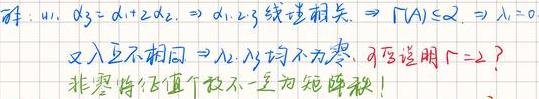
解：$\because \alpha _{3}=\alpha _{1}+2\alpha _{2}\Rightarrow \alpha _{1},\alpha _{2},\alpha _{3}$ 线性相关 $\Rightarrow r(A)\leq 2\Rightarrow \lambda _{3}=0$
又 $\lambda $ 互不相同 $\Rightarrow \lambda _{1},\lambda _{2}$ 均不为零. 可证明 $r = 2$ ？
非零特征值个数不一定为矩阵秩！